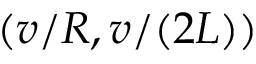
( v / R , v / ( 2 L ) )